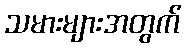
သမားများအတွက်